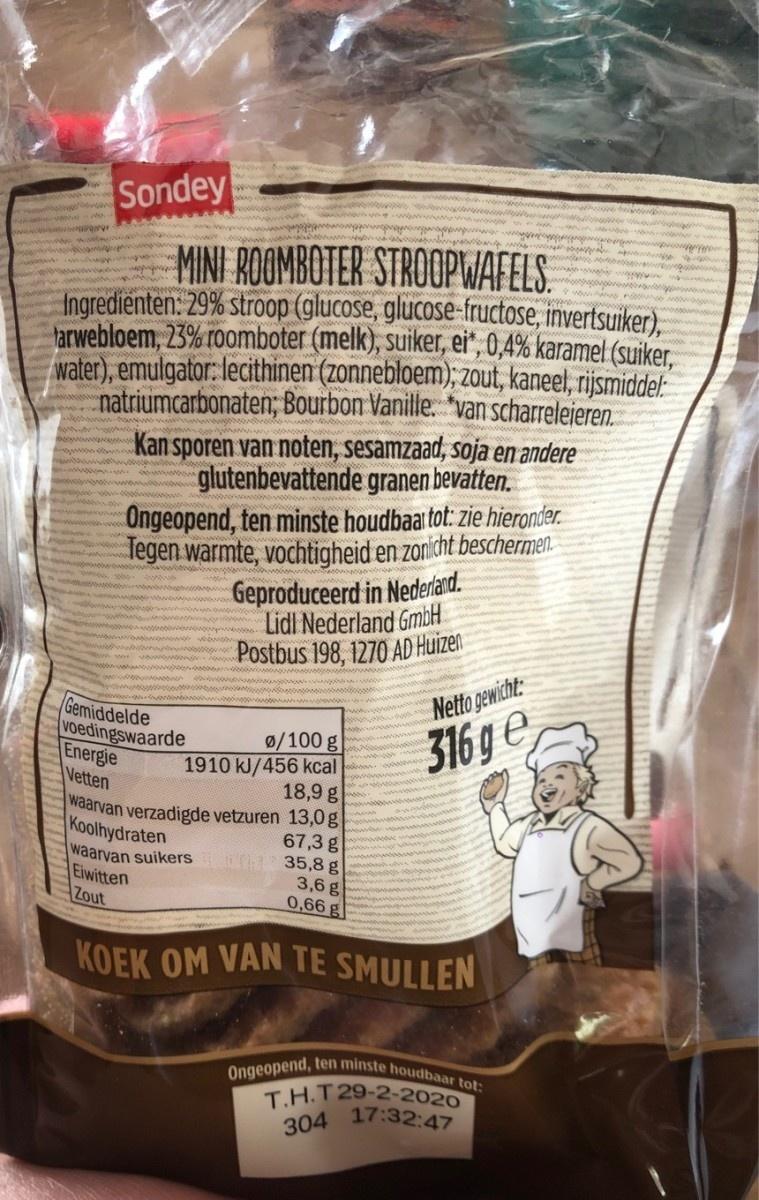
Sondey appmpoinn wwww MINI ROOMBOTER STROOPWAFELS. Ingredienten: 29% stroop (glucose, glucose-fructose, invertsuiker). tarwebloem, 23% roomboter (melk), suiker, ei', 0,4% karamel (suiker, water), emulgator: lecithinen (zonnebloem); zout, kaneel, rijsmiddel: natriumcarbonaten; Bourbon Vanille. *van scharrelejeren. Kan sporen van noten, sesamzaad, soja en andere glutenbevattende granen bevatten. Ongeopend, ten minste houdbaa tot: zie hieronder. legen warmte, vochtigheid en zonicht beschermen. Geproduceerd in Nederard. Lidl Nederland GmbH Postbus 198, 1270 AD Huizen Netto gewicht: Gemiddelde voedingswaarde Energie 0/100 g 1910 kJ/456 kcal 18,9 g waarvan verzadigde vetzuren 13,0g 67,3 g 35,8 g 3,6g 0,66 g 316 g e Vetten Koolhydraten waarvan suikers Eiwitten Zout KOEK OM VAN TE SMULLEN Ongeopend, ten minste houdbaar tot: T.H.T 29-2-2020 304 17:32:47